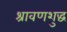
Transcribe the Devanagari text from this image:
श्रावणशुद्ध